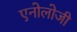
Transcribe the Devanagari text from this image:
एनोलोजी